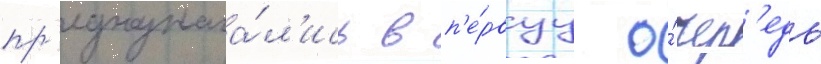
пр'едназнача́л'ись в п'е́рвуу о́чер'едь